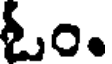
ఓం.